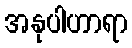
အနုပါဟာရာ